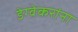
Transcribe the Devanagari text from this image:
डेग्वेकरांना